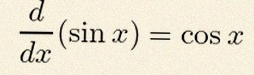
\frac{d}{dx}(\sin x)=\cos x